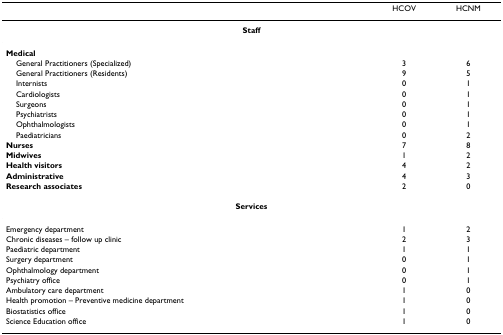
<table><thead><tr><td></td><td><b>HCOV</b></td><td><b>HCNM</b></td></tr></thead><tbody><tr><td colspan="3"><b>Staff</b></td></tr><tr><td><b>Medical</b></td><td colspan="2"></td></tr><tr><td> General Practitioners (Specialized)</td><td>3</td><td>6</td></tr><tr><td> General Practitioners (Residents)</td><td>9</td><td>5</td></tr><tr><td> Internists</td><td>0</td><td>1</td></tr><tr><td> Cardiologists</td><td>0</td><td>1</td></tr><tr><td> Surgeons</td><td>0</td><td>1</td></tr><tr><td> Psychiatrists</td><td>0</td><td>1</td></tr><tr><td> Ophthalmologists</td><td>0</td><td>1</td></tr><tr><td> Paediatricians</td><td>0</td><td>2</td></tr><tr><td><b>Nurses</b></td><td>7</td><td>8</td></tr><tr><td><b>Midwives</b></td><td>1</td><td>2</td></tr><tr><td><b>Health visitors</b></td><td>4</td><td>2</td></tr><tr><td><b>Administrative</b></td><td>4</td><td>3</td></tr><tr><td><b>Research associates</b></td><td>2</td><td>0</td></tr><tr><td colspan="3"><b>Services</b></td></tr><tr><td>Emergency department</td><td>1</td><td>2</td></tr><tr><td>Chronic diseases – follow up clinic</td><td>2</td><td>3</td></tr><tr><td>Paediatric department</td><td>1</td><td>1</td></tr><tr><td>Surgery department</td><td>0</td><td>1</td></tr><tr><td>Ophthalmology department</td><td>0</td><td>1</td></tr><tr><td>Psychiatry office</td><td>0</td><td>1</td></tr><tr><td>Ambulatory care department</td><td>1</td><td>0</td></tr><tr><td>Health promotion – Preventive medicine department</td><td>1</td><td>0</td></tr><tr><td>Biostatistics office</td><td>1</td><td>0</td></tr><tr><td>Science Education office</td><td>1</td><td>0</td></tr></tbody></table>